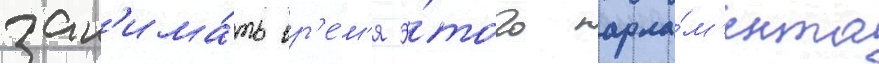
зан'има́ть вр'е́м'я э́того парла́м'ента